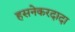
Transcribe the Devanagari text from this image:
हसनेकरदादा